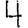
Digit: 4